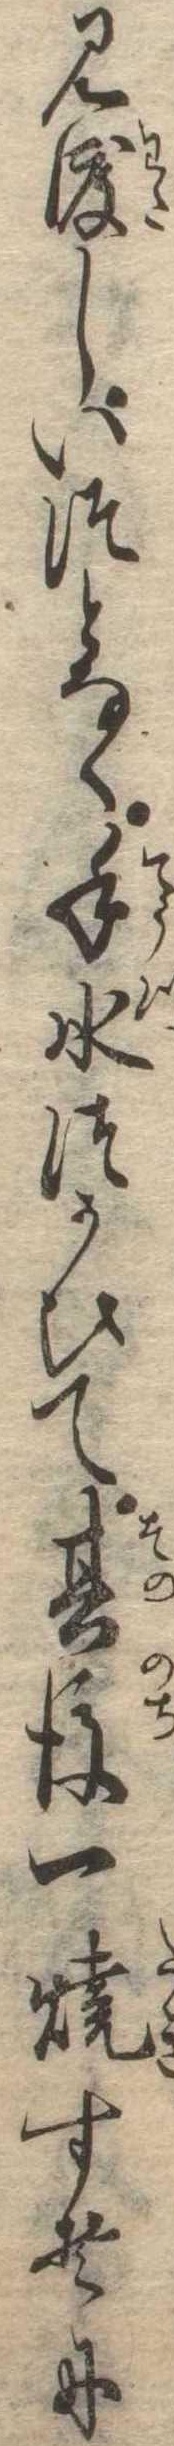
見渡しいつとなく手水つかひて其後一焼すそに